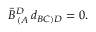
\tilde { B } _ { \, ( A } ^ { D } \, d _ { B C ) D } = 0 .